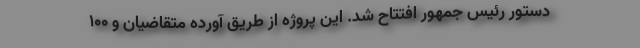
دستور رئیس جمهور افتتاح شد. این پروژه از طریق آورده متقاضیان و ۱۰۰